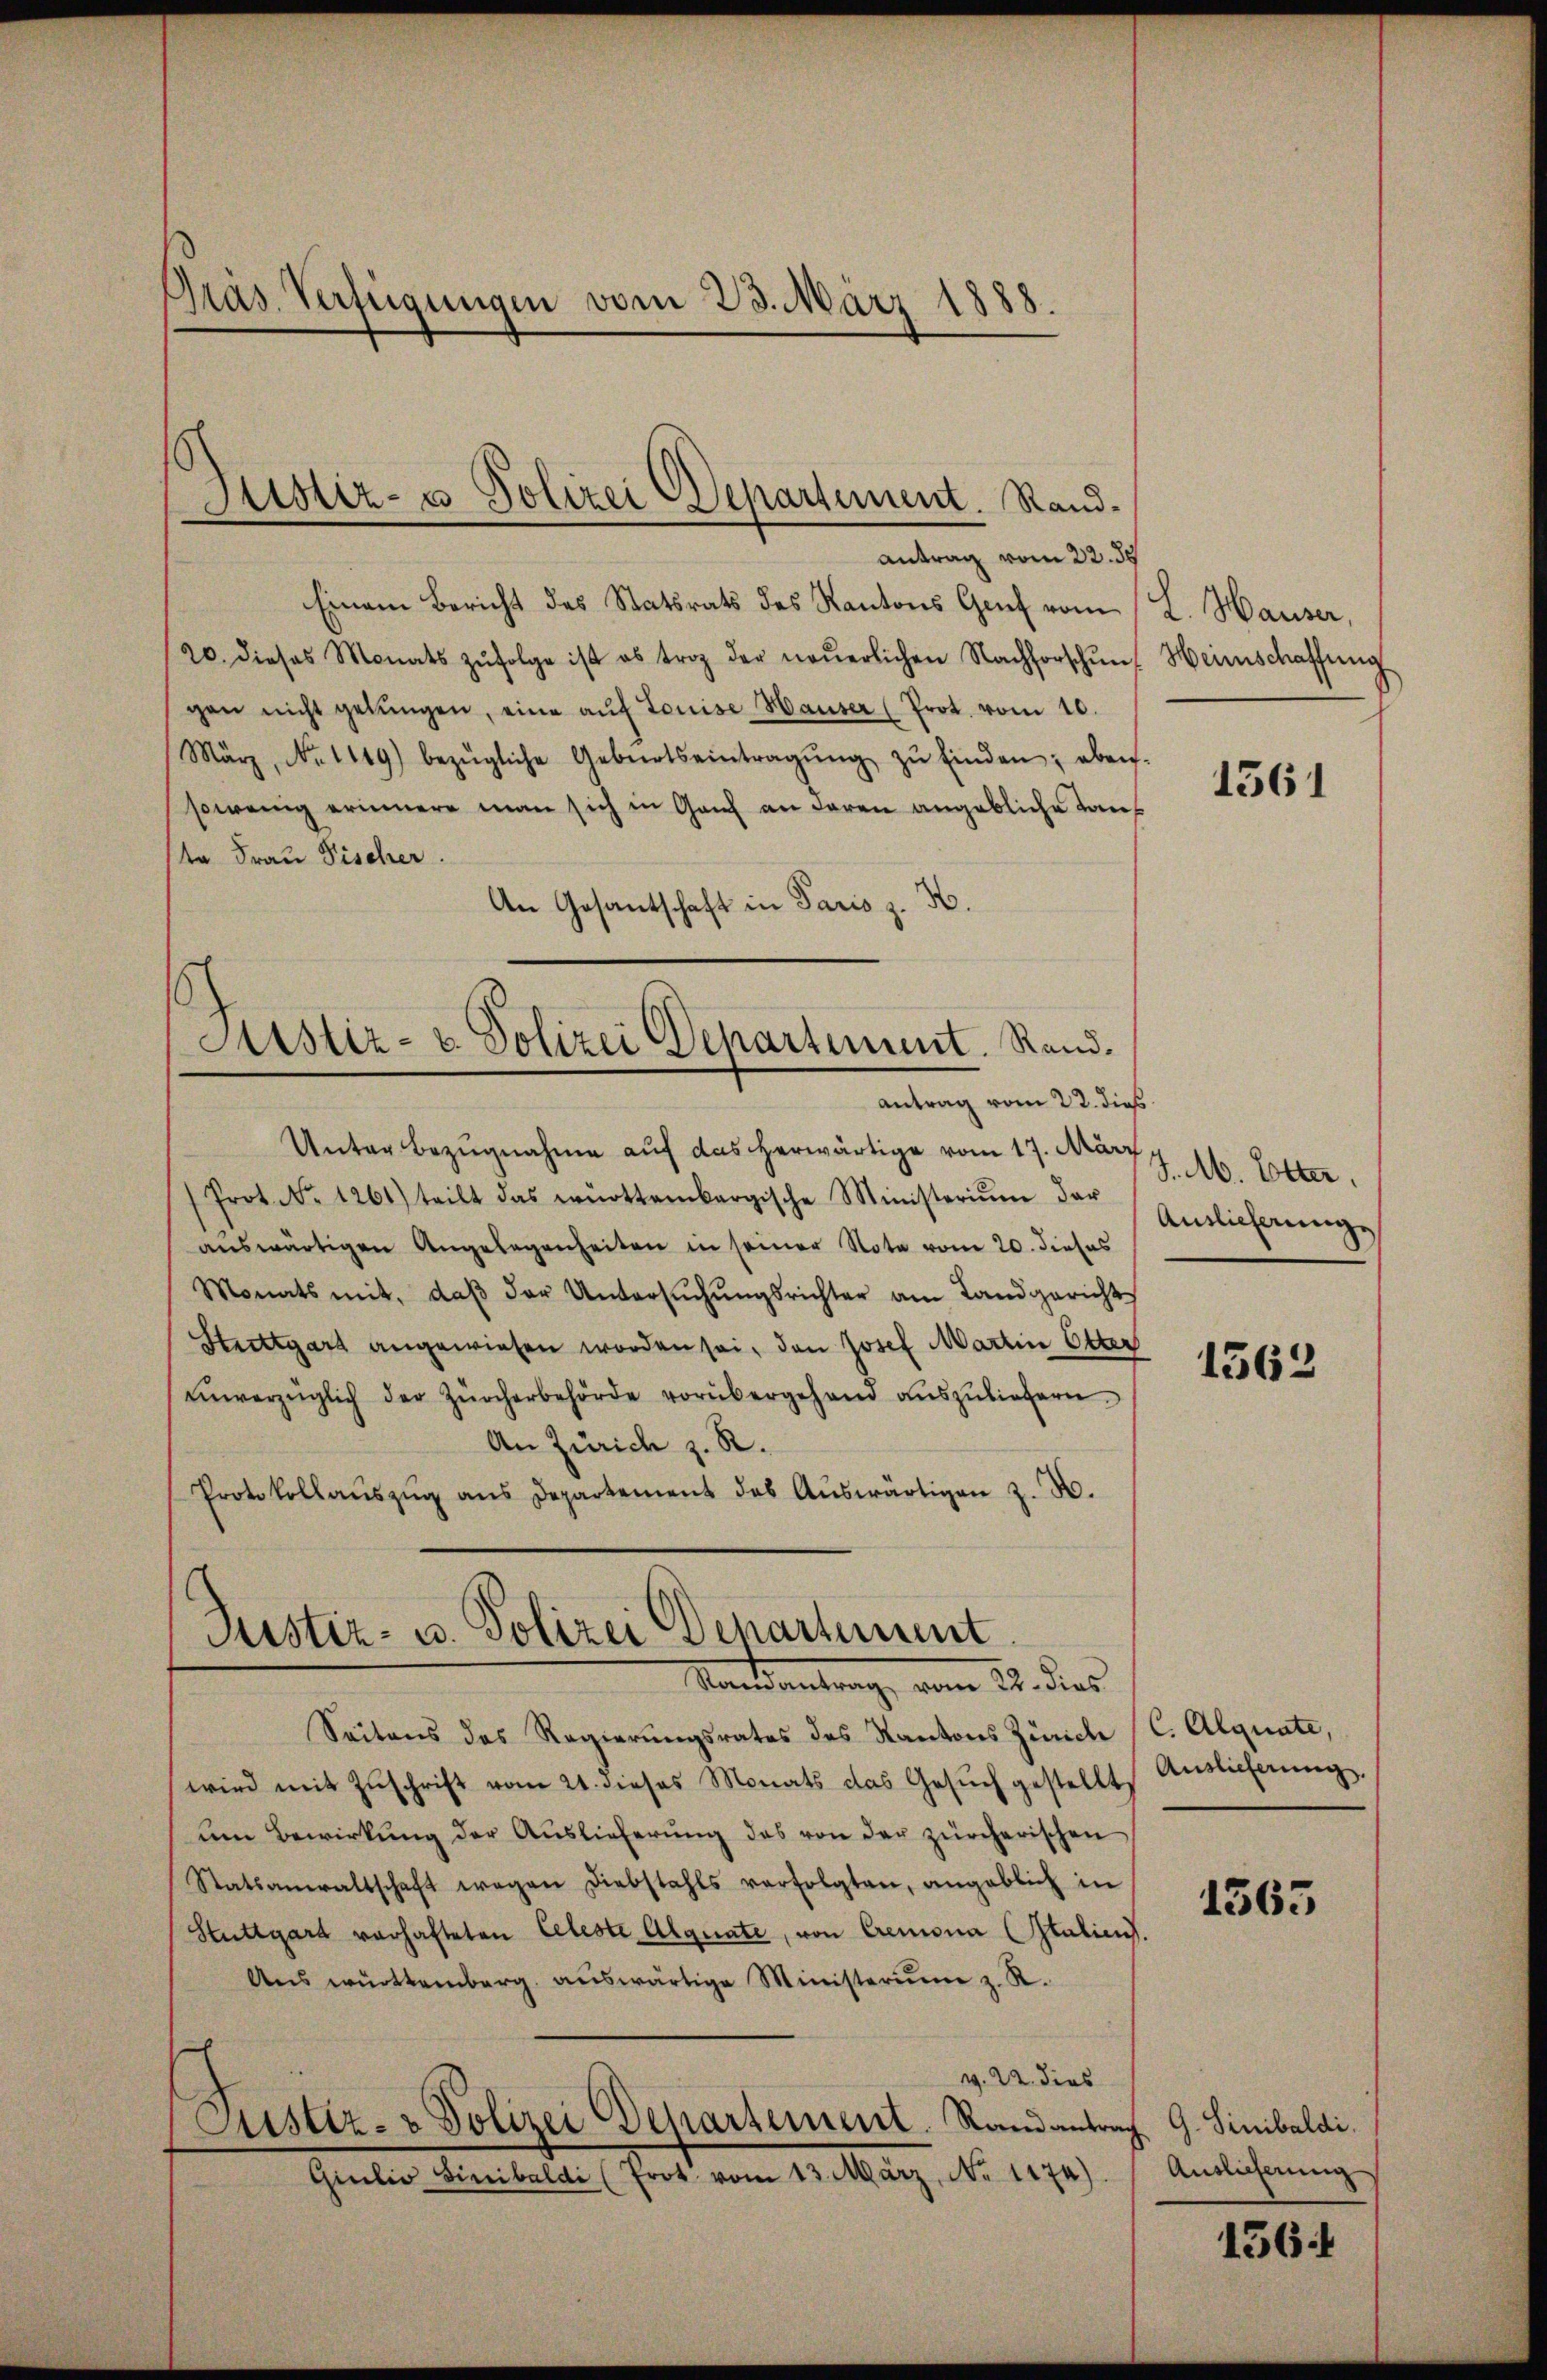
Präs. Verfügungen vom 23. März 1888.

Justiz- u Polizei Departement. Rand.
Antrag vom 22. ds

Astiz- u. Polizei Departement. Rand.
antrag vom 22. dieß

Einem Bericht des Statsrats des Kantons Genf vom
20. dieses Monats zŭfolge ist es troz der neŭerlichen Nachforschŭn
gen nicht gelŭngen, eine aŭf Louise Hauser (Prot. vom 10.
März, No. 1149) bezügliche Geburtseintragŭng zŭ finden; eben.
sowenig erinnere man sich in Genf an deren angebliche Tauf
ta Frau Fischer.
An Gesantschaft in Paris z. H.
Unter Bezugnahme auf das herwärtige vom 17. März
/Prot. No. 1261) teilt das württembergische Ministerium dar
aŭswärtigen Angelegenheiten in seiner Note vom 20. dieses
Monats mit, daβ der Untersŭchŭngsrichter am Landgericht
Stuttgart angewiesen worden sei, den Josef Martin Otter
ŭnverzüglich der Zürcherbehörde vorübergehend aŭszŭliefern.
An Zürich z. R.
Protokollaŭszŭg ans Departement des Aŭswärtigen z. B.
Justiz- u. Polizei Departement
Randantrag vom 21. dies
Seitens des Regierungsrates des Kantons Zürich (C. Alquate,
wird mit Zuschrift vom 21. dieses Monats das Gesuch gestellt,
um Bewirkŭng der Auslieferŭng des von der zürcherischen
Statsanwaltschaft wegen Diebstahls verfolgten, angeblich in
Stuttgard verhafteten Celeste Alguate, von Cremona Italien.
Ans württemberg. aŭswärtige Ministeriŭm z. R.
v. 22. dies
Sistiz- & Polizei Departement. Randantrag G. Sinibaldi
Giulio Sinibaldi (Prot. vom 13. März, N. 1174).

L. Hauser,
Heimschaffung

1361

J. M. Etter.
Auslieferung

1562

Auslieferung.

1365

Auslicherung

1564